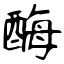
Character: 酶